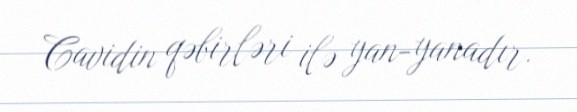
Cavidin qəbirləri ilə yan-yanadır.